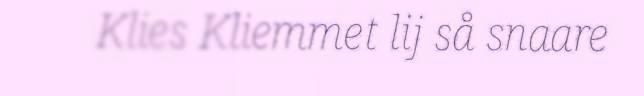
Klies Kliemmet lij så snaare